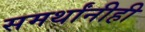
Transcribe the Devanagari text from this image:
समर्थांनीही